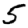
Digit: 5